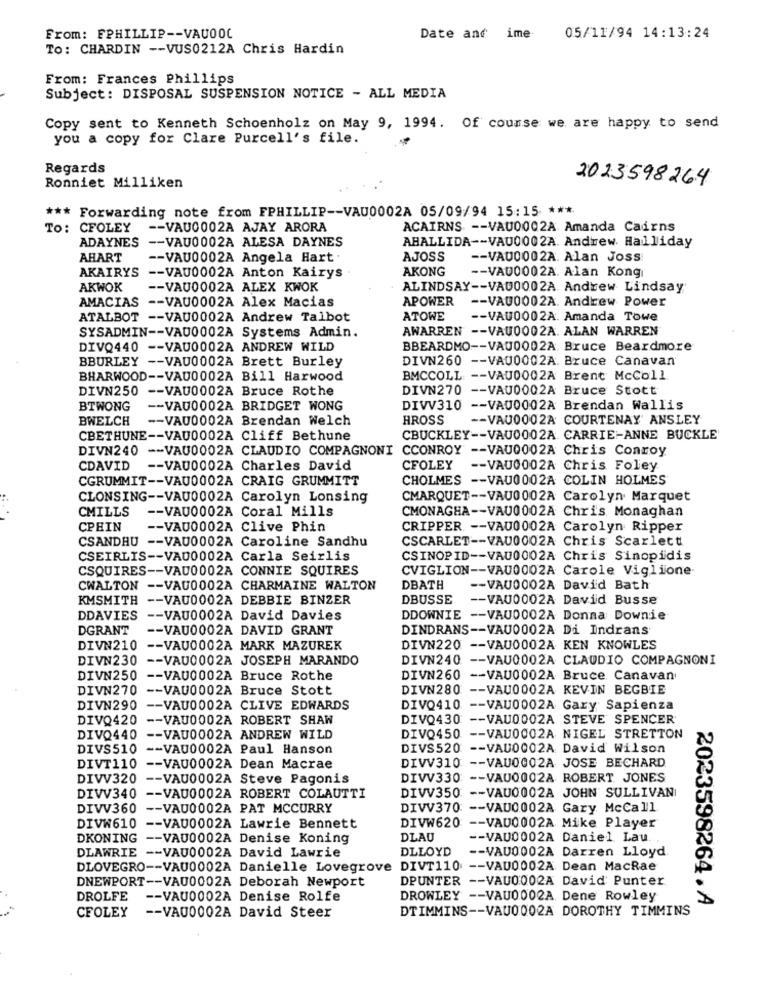
From: FPHILLIP -- VAUOOC
Date and ime
05/11/94 14:13:24
To: CHARDIN -- VUS0212A Chris Hardin
From: Frances Phillips
Subject: DISPOSAL SUSPENSION NOTICE - ALL MEDIA
Copy sent to Kenneth Schoenholz on May 9, 1994. Of course we are happy to send
you a copy for Clare Purcell's file.
Regards
2023598264
Ronniet Milliken
*** Forwarding note from FPHILLIP -- VAU0002A 05/09/94 15:15 ***
To: CFOLEY -- VAU0002A AJAY ARORA
ACAIRNS -- VAU0002A Amanda Cairns
ADAYNES -- VAU0002A ALESA DAYNES
ABALLIDA -- VAU0002A. Andrew. Halliday
AHART
-- VAU0002A Angela Hart
AJOSS
-- VAU0002A. Alan Joss
AKONG
-- VAD0002A. Alan Kong
AKAIRYS -- VAU0002A Anton Kairys .
AKWOK
-- VAU0002A ALEX KWOK
ALINDSAY -- VA00002A Andrew Lindsay
AMACIAS -- VAU0002A Alex Macias
APOWER -- VAU0002A. Andrew Power
ATALBOT -- VAU0002A Andrew Talbot
ATOWE
-- VAU0002A. Amanda Towe
SYSADMIN -- VAU0002A Systems Admin.
AWARREN -- VAU0002A. ALAN WARREN
DIVQ440 -- VAU0002A ANDREW WILD
BBEARDMO -- VAU0002A Bruce Beardmore
BBURLEY -- VAU0002A Brett Burley
DIVN260 -- VAU0002A. Bruce Canavan
BHARWOOD -- VAU0002A Bill Harwood
BMCCOLL: -- VAU0002A Brent McColl
DIVN250 -- VAU0002A Bruce Rothe
DIVN270 -- VAU0002A Bruce Stott
BTWONG
-- VAU0002A BRIDGET WONG
DIVV310 -- VAU0002A Brendan Wallis
BWELCH
-- VAU0002A Brendan Welch
HROSS
-- VAU0002A COURTENAY ANSLEY
CBETHUNE -- VAU0002A Cliff Bethune
CBUCKLEY -- VAU0002A CARRIE-ANNE BUCKLE
DIVN240 -- VAU0002A CLAUDIO COMPAGNONI CCONROY -- VAU0002A Chris Conroy
CDAVID
-- VAU0002A Charles David
CFOLEY
-- VAU0002A Chris Foley
CGRUMMIT -- VAU0002A CRAIG GRUMMITT
CHOLMES -- VAU0002A COLIN HOLMES
CLONSING -- VAU0002A Carolyn Lonsing
CMARQUET -- VAU0002A Carolyn Marquet
CMILLS
-- VAU0002A Coral Mills
CMONAGHA -- VAU0002A Chris Monaghan
CPHIN
-- VAU0002A Clive Phin
CRIPPER -- VAU0002A Carolyn Ripper
CSANDHU -- VAU0002A Caroline Sandhu
CSCARLET -- VAU0002A Chris Scarlett
CSEIRLIS -- VA00002A Carla Seirlis
CSINOPID -- VAU0002A Chris Sinopidis
CSQUIRES -- VAU0002A CONNIE SQUIRES
CVIGLION -- VAU0002A Carole Viglione-
CWALTON -- VAU0002A CHARMAINE WALTON
DBATH
-- VAU0002A David Bath
KMSMITH -- VAU0002A DEBBIE BINZER
DBUSSE
-- VAU0002A David Busse
DDAVIES -- VAU0002A David Davies
DDOWNIE -- VAU0002A Donna Downie
DGRANT
-- VAU0002A DAVID GRANT
DINDRANS -- VAU0002A Di Indrans
DIVN210 -- VAU0002A MARK MAZUREK
DIVN220 -- VAU0002A KEN KNOWLES
DIVN230 -- VAU0002A JOSEPH MARANDO
DIVN240
-- VAU0002A CLAUDIO COMPAGNONI
DIVN250 -- VAU0002A Bruce Rothe
DIVN260 -- VAU0002A Bruce Canavan
DIVN270 -- VAU0002A Bruce Stott
DIVN280
-- VAU0002A KEVIN BEGBIE
DIVN290 -- VAU0002A CLIVE EDWARDS
DIVQ410 -- VAU0002A Gary Sapienza
DIVQ420 -- VAU0002A ROBERT SHAW
DIVQ430
-- VAU0002A STEVE SPENCER
DIVQ440 -- VAU0002A ANDREW WILD
DIVO450 -- VAU0002A NIGEL STRETTON
DIVS510
-- VAU0002A Paul Hanson
DIVS520
-- VAU0002A David Wilson
DIVV310
-- VAU0002A JOSE BECHARD
DIVT110 -- VAU0002A Dean Macrae
DIVV320 -- VAU0002A Steve Pagonis
DIVV330 -- VAU0002A ROBERT JONES
DIVV350
DIVV340 -- VAU0002A ROBERT COLAUTTI
-- VAU0002A JOHN SULLIVAN
DIVV360 -- VAU0002A PAT MCCURRY
DIVV370: -- VAU0002A Gary McCall
DIVW610 -- VAU0002A Lawrie Bennett
DIVW620 -- VAU0002A Mike Player
DKONING -- VAU0002A Denise Koning
DLAU
-- VAU0002A Daniel Lau.
DLLOYD
-- VAU0002A Darren Lloyd
DLAWRIE -- VAU0002A David Lawrie
DLOVEGRO -- VAU0002A Danielle Lovegrove DIVT110 -- VAU0002A Dean MacRae
DNEWPORT -- VAU0002A Deborah Newport
DPUNTER -- VAU0002A David Punter
DROLFE
-- VAU0002A Denise Rolfe
DROWLEY -- VAU0002A Dene Rowley
2023598264. A
DTIMMINS -- VAU0002A DOROTHY TIMMINS
CFOLEY
-- VA00002A David Steer